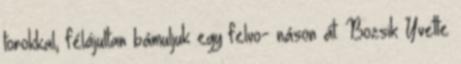
torokkal, félájultan bámuljuk egy felvo- náson át. Bozsik Yvette